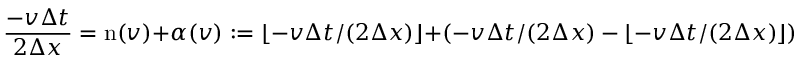
\frac { - v \Delta t } { 2 \Delta x } = \mathrm { n } ( v ) + \alpha ( v ) : = \lfloor - v \Delta t / ( 2 \Delta x ) \rfloor + \left( - v \Delta t / ( 2 \Delta x ) - \lfloor - v \Delta t / ( 2 \Delta x ) \rfloor \right) \, ,